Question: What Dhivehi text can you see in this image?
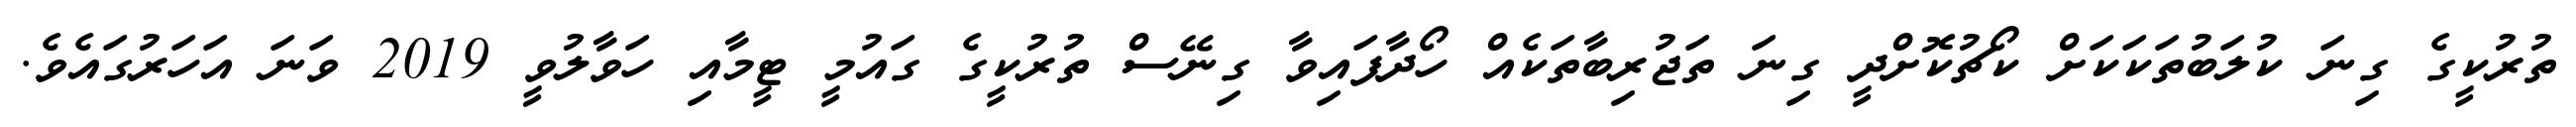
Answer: ތުރުކީގެ ގިނަ ކުލަބުތަކަކަށް ކޯޗުކޮށްދީ ގިނަ ތަޖުރިބާތަކެއް ހޯދާފައިވާ ގިނޭސް ތުރުކީގެ ގައުމީ ޓީމާއި ހަވާލުވީ 2019 ވަނަ އަހަރުގައެވެ.